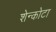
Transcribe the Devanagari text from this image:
शेन्कोटा